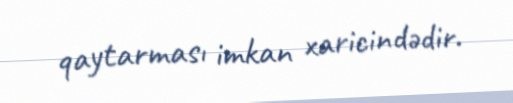
qaytarması imkan xaricindədir.